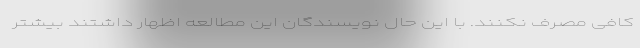
کافی مصرف نکنند. با این حال نویسندگان این مطالعه اظهار داشتند بیشتر